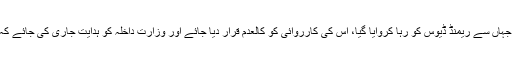
ان کے بقول درخواست میں یہ استدعا کی گئی ہے کہ لاہور میں انسداد دہشت گردی کی عدالت جہاں سے ریمنڈ ڈیوس کو رہا کروایا گیا، اُس کی کارروائی کو کالعدم قرار دیا جائے اور وزارت داخلہ کو ہدایت جاری کی جائے کہ ملکی قانون کے تحت امریکی انتظامیہ کے تعاون سے (ریمنڈ ڈیوس) کو واپس پاکستان لائے۔